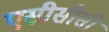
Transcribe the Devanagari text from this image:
एसीसीसी